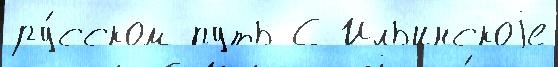
ру́сском путь С Ильинскоjе